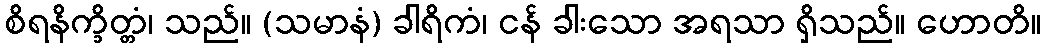
စိရနိက္ခိတ္တံ၊ သည်။ (သမာနံ) ခါရိကံ၊ ငန် ခါးသော အရသာ ရှိသည်။ ဟောတိ။